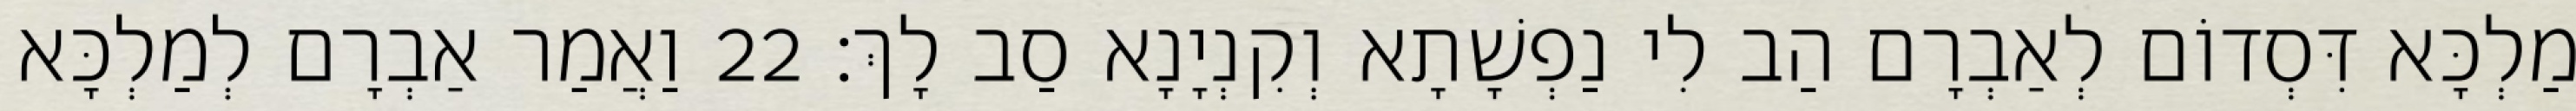
מַלְכָּא דִּסְדוֹם לְאַבְרָם הַב לִי נַפְשָׁתָא וְקִנְיָנָא סַב לָךְ׃ 22 וַאֲמַר אַבְרָם לְמַלְכָּא